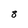
Character: 8